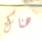
هناك